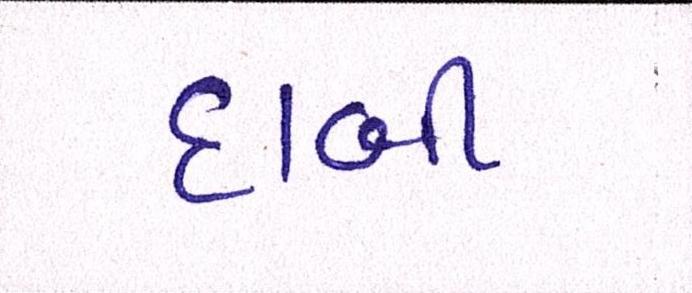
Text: દાબી